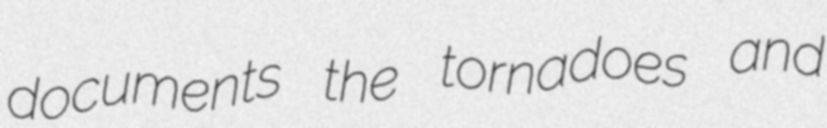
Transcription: documents the tornadoes and